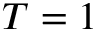
T = 1